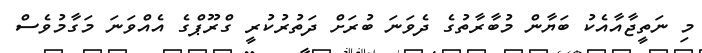
މި ނަތީޖާއާއެކު ބަޔާން މުބާރާތުގެ ދެވަނަ ބުރަށް ދަތުރުކުރީ ގްރޫޕްގެ އެއްވަނަ މަގާމުވެސް